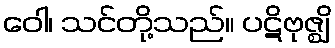
ဝေါ၊ သင်တို့သည်။ ပဋိဗုဇ္ဈိ